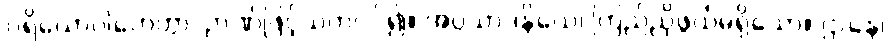
ပရိယောဂါဟေတွာ၊ ဉာဏ်ဖြင့်သက်ဝင်၍။ အပ္ပသာဒနိယေ၊ ကြည်ညိုဖွယ်မရှိသော။ ဌာနေ၊